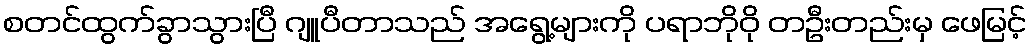
စတင်ထွက်ခွာသွားပြီ ဂျူပီတာသည် အရွေ့များကို ပရာဘိုဝို တဦးတည်းမှ ဖေမြင့်